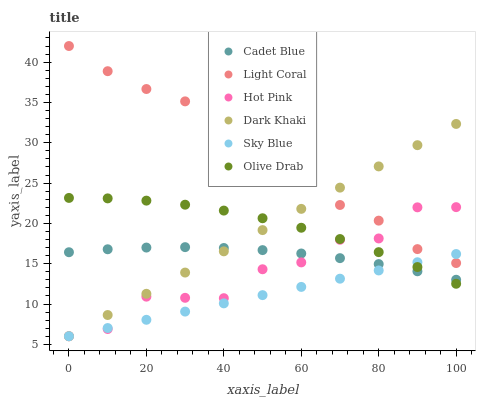
| xaxis_label | Cadet Blue | Light Coral | Hot Pink | Dark Khaki | Sky Blue | Olive Drab |
 | --- | --- | --- | --- | --- | --- | --- |
 | 0 | 16.4 | 42 | 6 | 6 | 6 | 23.2 |
 | 10 | 16.8 | 38.9 | 6.9 | 8.63 | 7.02 | 23.1 |
 | 20 | 17 | 36.7 | 10.9 | 11.3 | 8.04 | 22.8 |
 | 30 | 17.1 | 35.1 | 10.8 | 13.9 | 9.06 | 22.3 |
 | 40 | 16.9 | 31.9 | 10.7 | 16.5 | 10.1 | 21.6 |
 | 50 | 16.7 | 28.8 | 14.3 | 19.2 | 11.1 | 20.6 |
 | 60 | 16.3 | 27.3 | 15.2 | 21.8 | 12.1 | 19.5 |
 | 70 | 15.7 | 22.3 | 18 | 24.4 | 13.1 | 18.1 |
 | 80 | 15 | 20.3 | 18.1 | 27.1 | 14.2 | 16.4 |
 | 90 | 14.1 | 16.8 | 22 | 29.7 | 15.2 | 14.6 |
 | 100 | 13 | 15.1 | 22 | 32.3 | 16.2 | 12.5 |